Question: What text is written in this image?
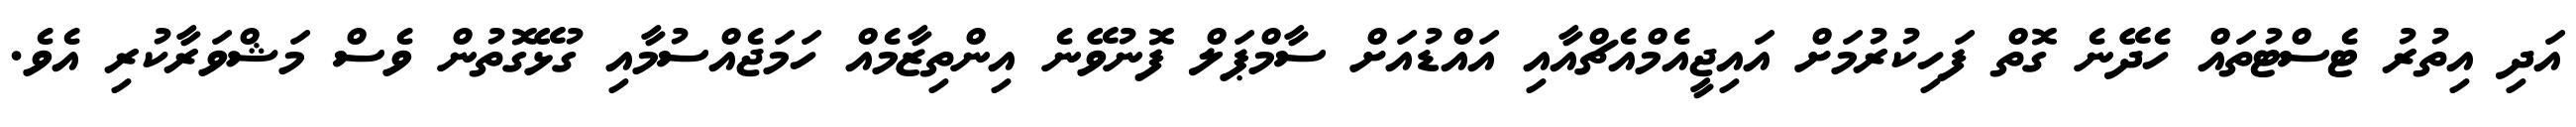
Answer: އަދި އިތުރު ޓެސްޓުތައް ހެދޭނެ ގޮތް ފަހިކުރުމަށް އައިޖީއެމްއެޗްއާއި އައްޑުއަށް ސާމްޕަލް ފޮނުވޭނެ އިންތިޒާމެއް ހަމަޖެއްސުމާއި ގުޅޭގޮތުން ވެސް މަޝްވަރާކުރި އެވެ.